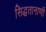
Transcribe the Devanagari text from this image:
सिद्धतानाणी